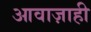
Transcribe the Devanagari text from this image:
आवाज़ाही